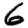
Digit: 6